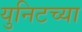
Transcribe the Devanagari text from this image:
युनिटच्या